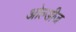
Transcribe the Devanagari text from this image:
ओल्डीज